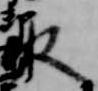
取